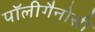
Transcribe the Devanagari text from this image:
पॉलीगैनोसी